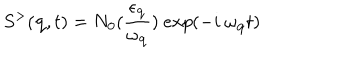
LaTeX: S ^ { > } ( { \bf { q } } , t ) = N _ { 0 } ( \frac { \epsilon _ { { \bf { q } } } } { \omega _ { { \bf { q } } } } ) \mathrm { ~ } e x p ( - i \mathrm { ~ } \omega _ { { \bf { q } } } t )